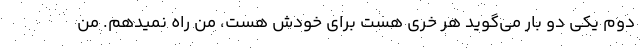
دوم یکی دو بار می‌گوید هر خری هست برای خودش هست، من راه نمیدهم. من